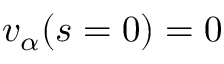
v _ { \alpha } ( s = 0 ) = 0